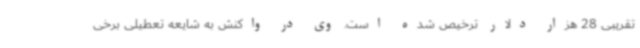
تقریبی 28 هزار دلار ترخیص شده است. وی در واکنش به شایعه تعطیلی برخی